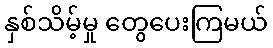
နှစ်သိမ့်မှု တွေပေးကြမယ်